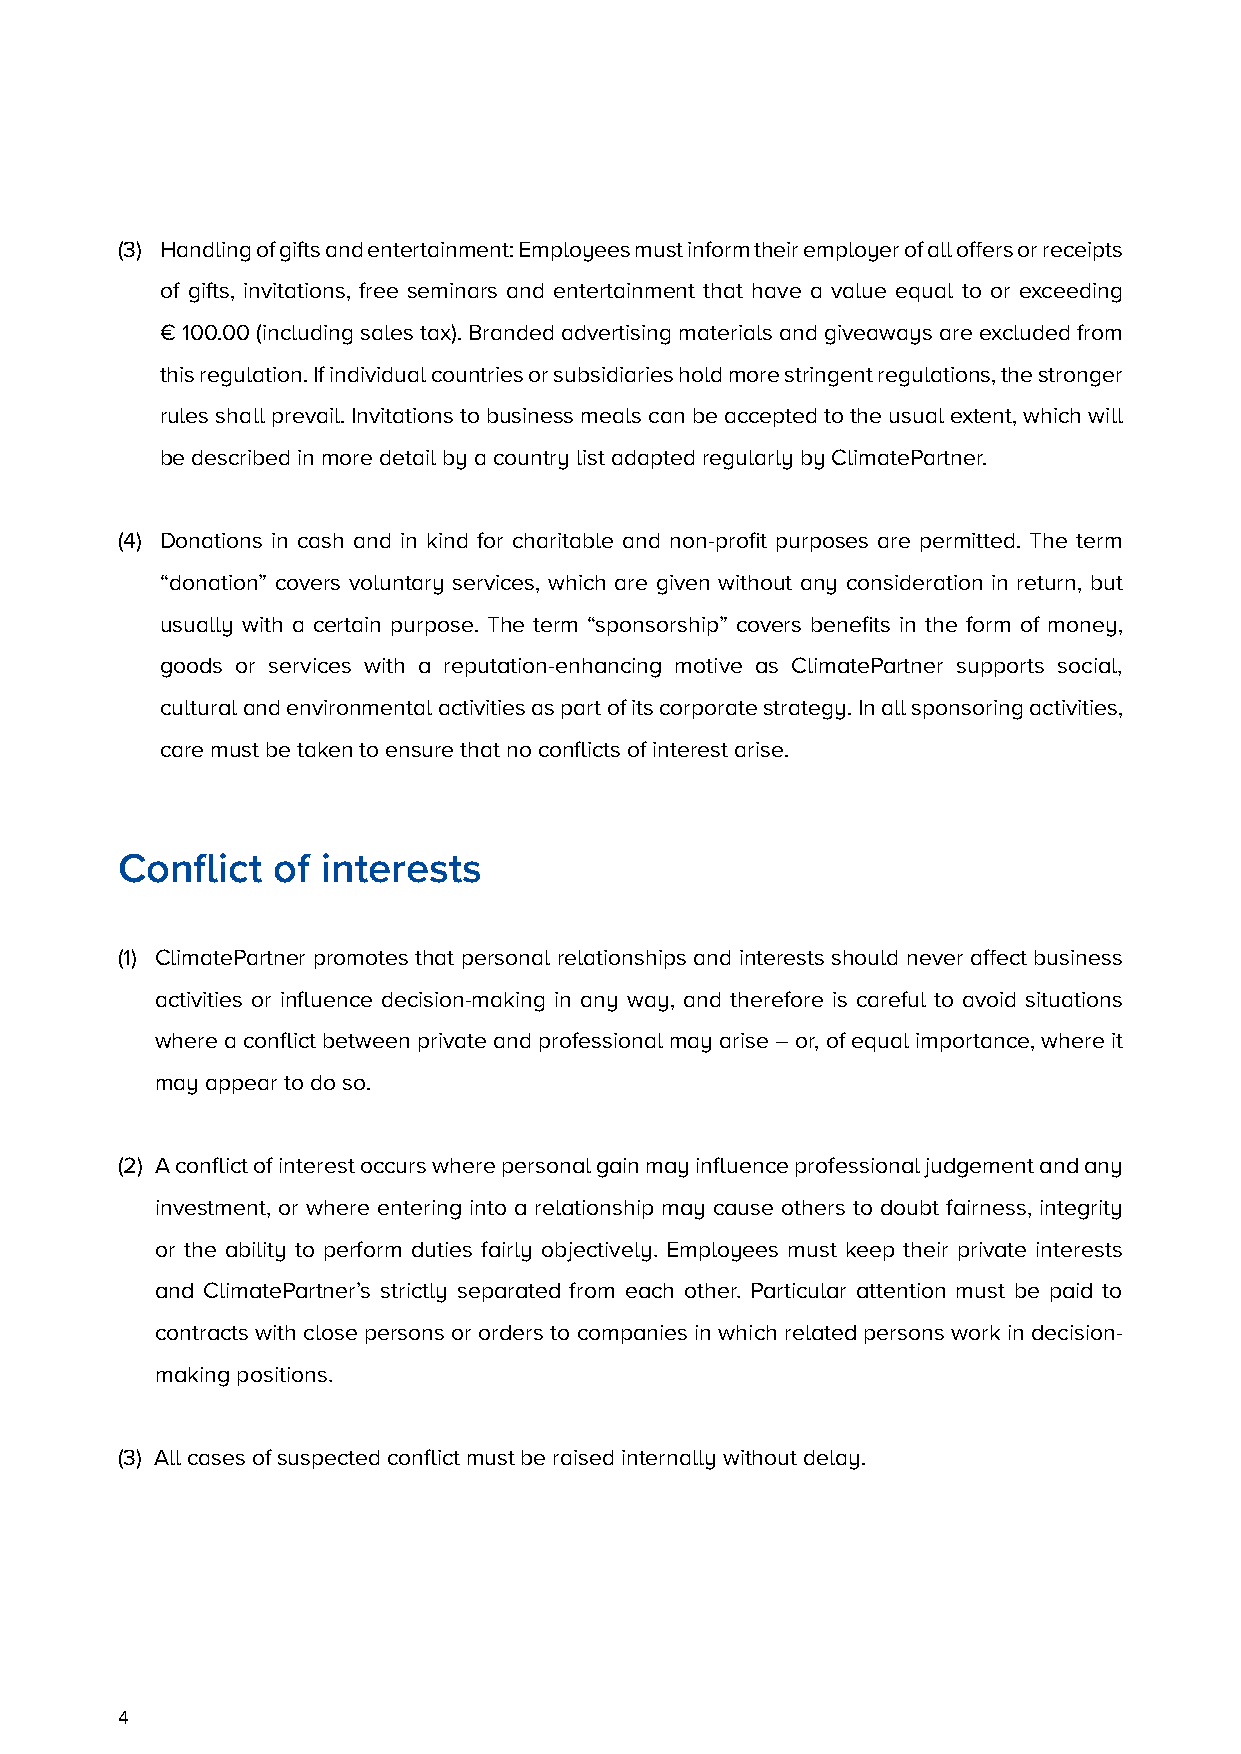
(3) Handling of gifts and entertainment: Employees must inform their employer of all offers or receipts
 of gifts, invitations, free seminars and entertainment that have a value equal to or exceeding
 € 100.00 (including sales tax). Branded advertising materials and giveaways are excluded from
 this regulation. If individual countries or subsidiaries hold more stringent regulations, the stronger
 rules shall prevail. Invitations to business meals can be accepted to the usual extent, which will
 be described in more detail by a country list adapted regularly by ClimatePartner.
 (4) Donations in cash and in kind for charitable and non-profit purposes are permitted. The term
 “donation” covers voluntary services, which are given without any consideration in return, but
 usually with a certain purpose. The term “sponsorship” covers benefits in the form of money,
 goods or services with a reputation-enhancing motive as ClimatePartner supports social,
 cultural and environmental activities as part of its corporate strategy. In all sponsoring activities,
 care must be taken to ensure that no conflicts of interest arise.
 Conflict  of interests
 (1) ClimatePartner promotes that personal relationships and interests should never affect business
 activities or influence decision-making in any way, and therefore is careful to avoid situations
 where a conflict between private and professional may arise – or, of equal importance, where it
 may appear to do so.
 (2) A conflict of interest occurs where personal gain may influence professional judgement and any
 investment, or where entering into a relationship may cause others to doubt fairness, integrity
 or the ability to perform duties fairly objectively. Employees must keep their private interests
 and ClimatePartner’s strictly separated from each other. Particular attention must be paid to
 contracts with close persons or orders to companies in which related persons work in decision-
 making positions.
 (3) All cases of suspected conflict must be raised internally without delay.
 4